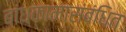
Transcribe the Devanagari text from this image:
बांधकामासंबंधित